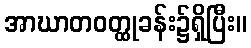
အာဃာတဝတ္ထုခန်း၌ရှိပြီး။